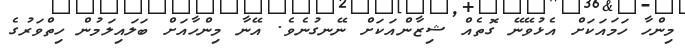
މިންހާ ހަމައަކަށް އެޅުވޭނޭ ގޮތެއް ޝިޒާންއަކަށް ނޭނގުނެވެ. އޭނާ މިންހާއަށް ބަލައިލަމުން ހިތްވަރުގެ